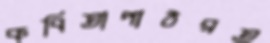
কবিতাপাঠরত